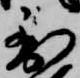
到